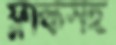
ফ্লাস্কসহ